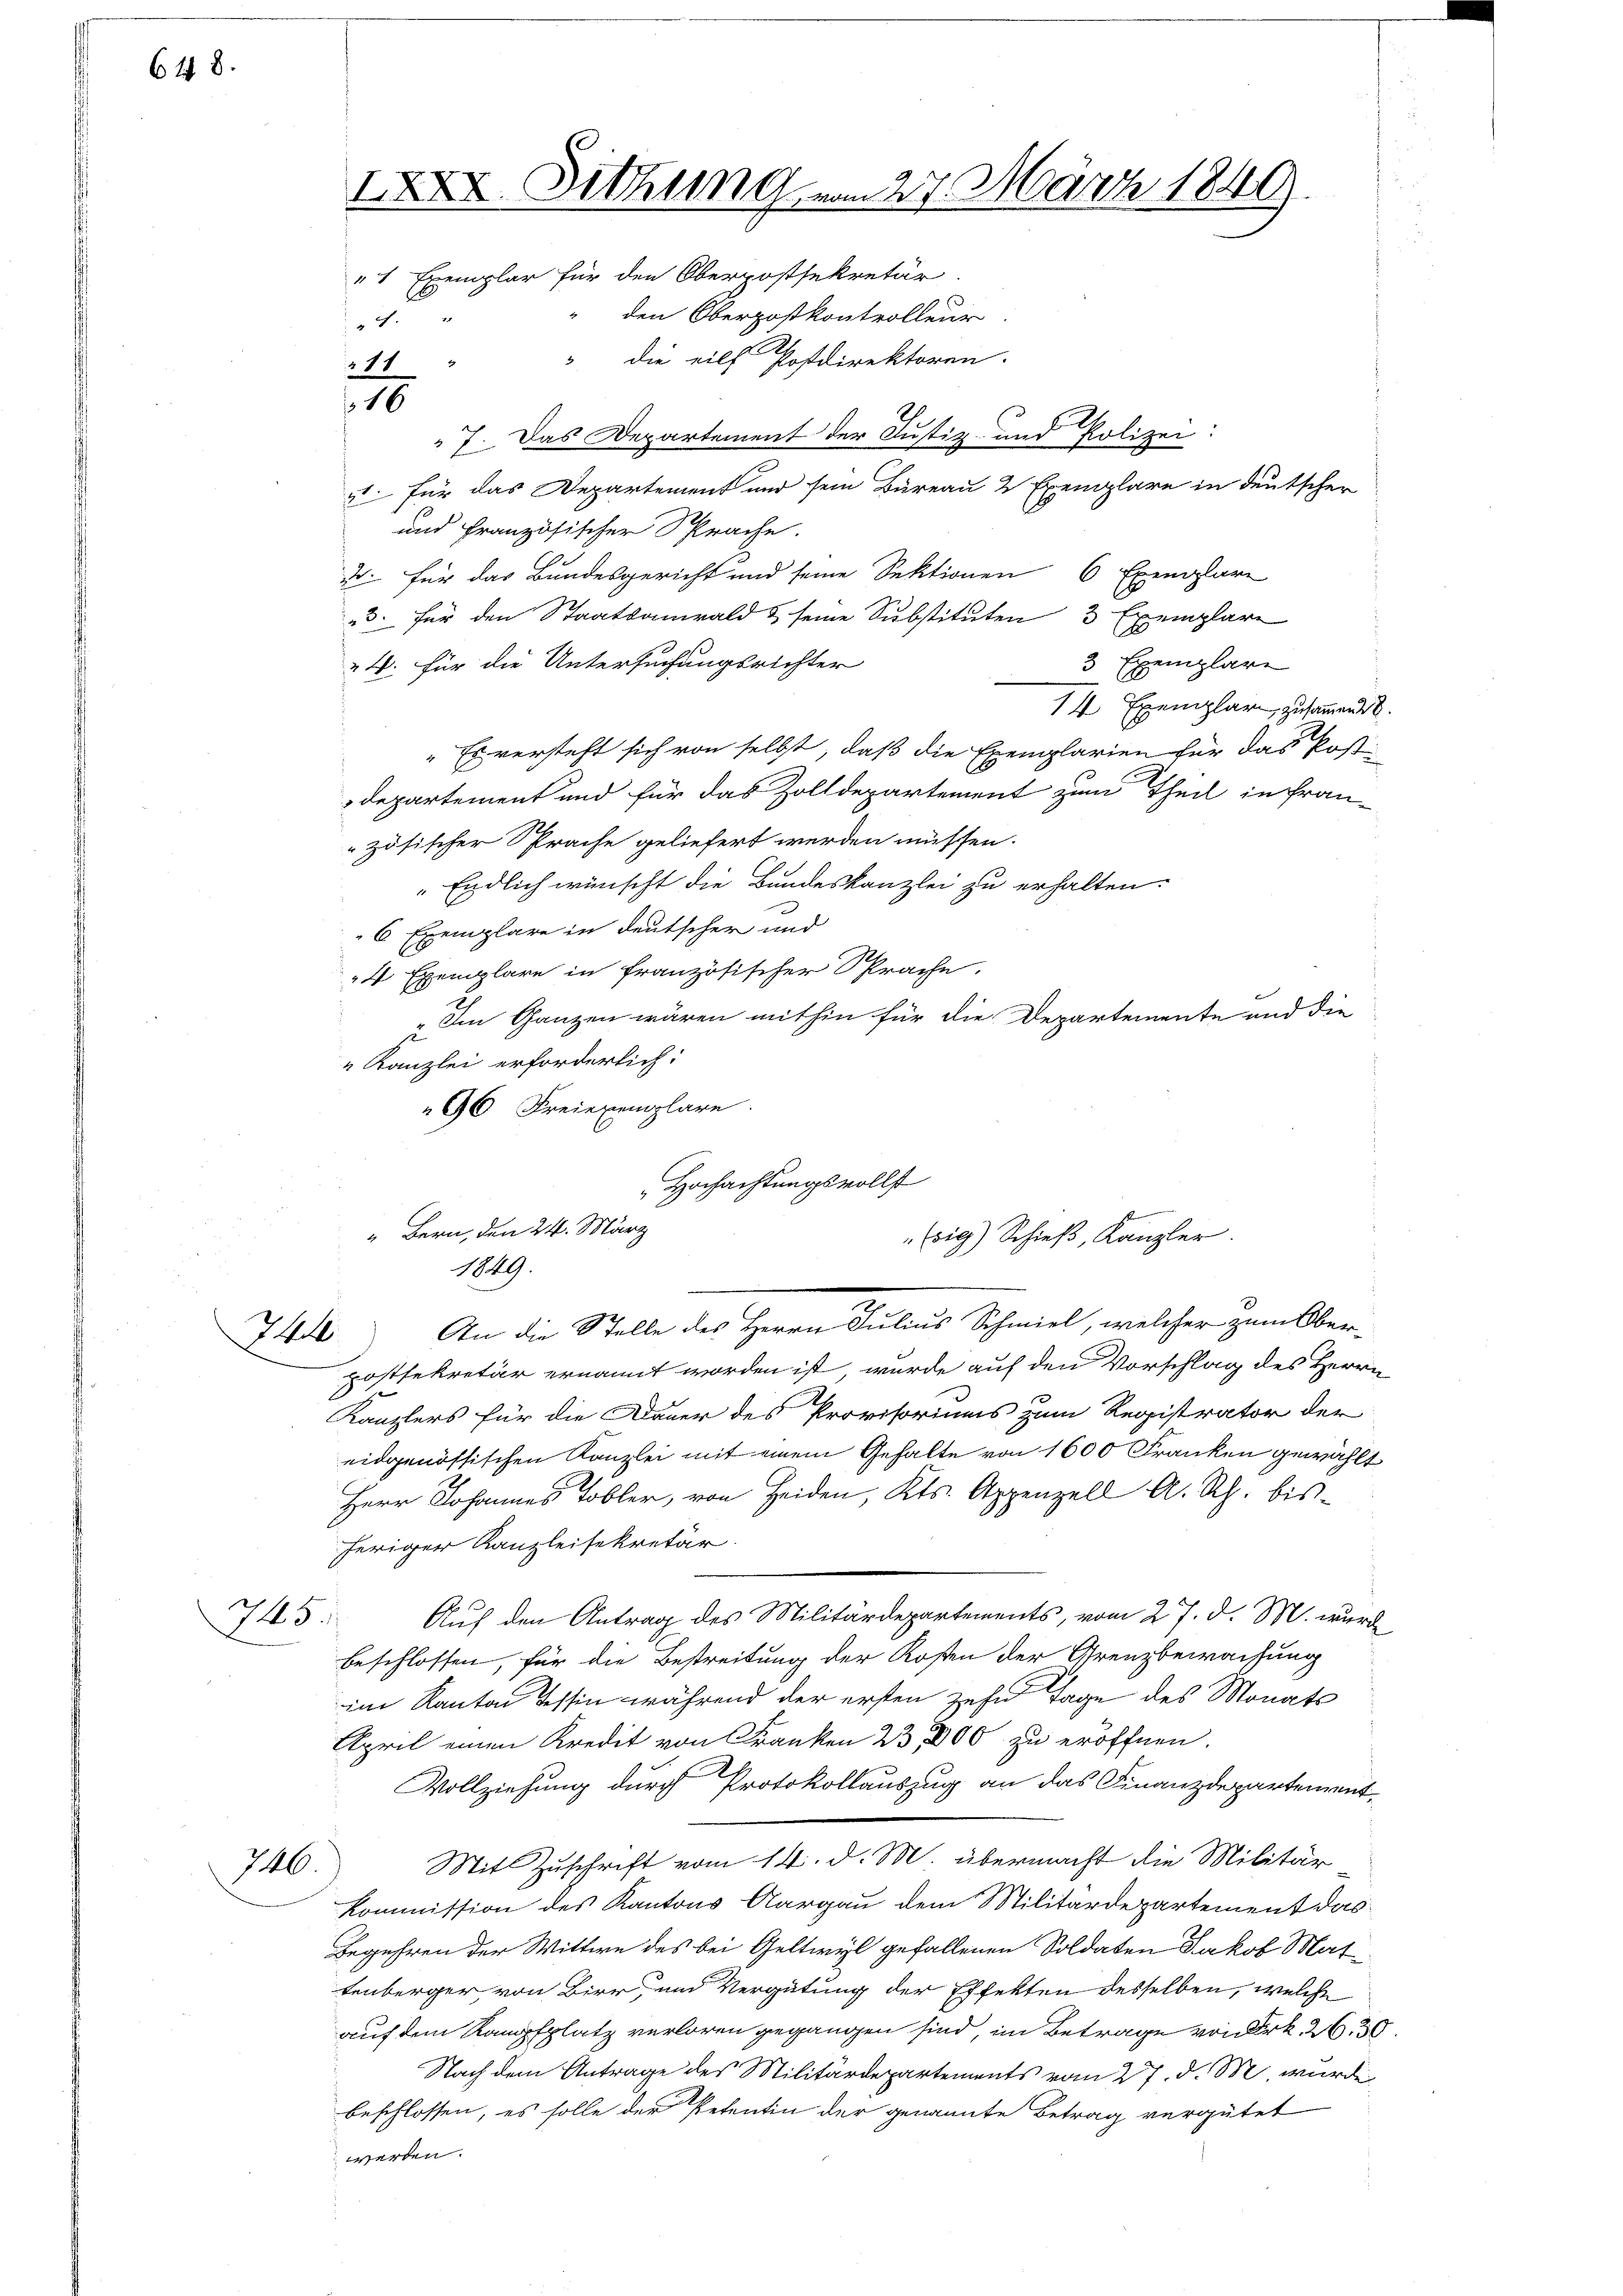
648.

Itt

73.

746

IXXXVI. Diehung am 27. März 1840
"1 Exemplar für den Oberpostsekretär

den Oberpostkontrolleur
d
“ die eilf Postdirektoren.
7. Das Departement der Justiz- und Polizei:
1 für das Departement und sein Bureau 2 Exemplare in deutscher
und französischer Sprache.
. für das Bundesgericht und seine Sektionen 6 Exemplare
3. für den Staatsanwald & seine Substituten 3 Exemplare
3 Exemplare
4. Für die Untersuchungsrichter
14 Exemplar zusammend
" Es versteht sich von selbst, daß die Exemplarien für das Posti
departement und für das Zolldepartement zum Theil in fran-
zösischer Sprache geliefert werden müssen.
 Endlich wünscht die Bundeskanzlei zu erhalten.
6 Exemplare in deutscher und
4 Exemplare in französischer Sprache.
Im Ganzen wären mithin für die Departemente und die
s
Kanzlei erforderlich:
96 Freiexemplare
Hochachtungsvollst

11

16

" Bern, den 24. März
1849.

(sig) Schieβ, Kanzler.

An die Stelle des Herrn Julius Schmiel, welcher zum Oberpostsekretär ernannt worden ist, wurde auf den Vorschlag des Herrn
Kanzlers für die Dauer des Provisoriums zum Registrator der
eidgenössischen Kanzlei mit einem Gehalte von 1600 Franken gewählt
Herr Johannes Tobler, von Heiden, Kts. Appenzell A. Rh. bisheriger Kanzleisekretär.
Auf den Antrag des Militärdepartements, vom 27. d. M. wurde
beschlossen, für die Bestreitung der Kosten der Grenzbewachung
im Kanton Tessin während der ersten zehn Tage des Monats
April einen Kredit von Franken 23,000 zu eröffnen.
Vollziehung durch Protokollauszug an das Finanzdepartement¬
Mit Zuschrift vom 14. d. M. übermacht die Militär
Kommission des Kantons Aargau dem Militärdepartement das
Begehren der Wittwe des bei Geltwyl gefallenen Soldaten Jakob Mattenberger von Birr, und Vergütung der Effekten desselben, welche
auf dem Rangsplatz verloren gegangen sind, im Betrage von Frk. 26. 30.
Nach dem Antrage des Militärdepartements vom 27. d. M. wurde
beschlossen, es solle der Petentin der genannte Betrag vergütet
werden.